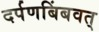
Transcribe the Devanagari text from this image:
दर्पणबिंबवत्